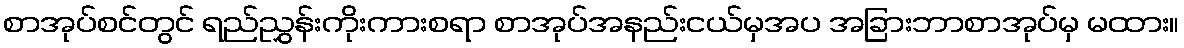
စာအုပ်စင်တွင် ရည်ညွှန်းကိုးကားစရာ စာအုပ်အနည်းငယ်မှအပ အခြားဘာစာအုပ်မှ မထား။